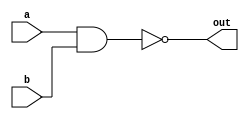
/*

	Nand has been given in nand2tetris.
	And we could just use it here.

*/

module Nand(
	input wire a,
	input wire b,
	output wire out
);

/*
	just use nand.
*/

nand(out, a, b);

endmodule